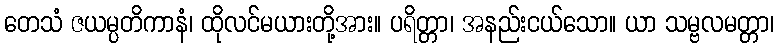
တေသံ ဇယမ္ပတိကာနံ၊ ထိုလင်မယားတို့အား။ ပရိတ္တာ၊ အနည်းငယ်သော။ ယာ သမ္ဗလမတ္တာ၊